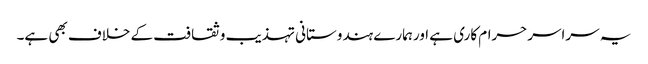
یہ سراسرحرام کاری ہے اورہمارے ہندوستانی تہذیب وثقافت کے خلاف بھی ہے۔